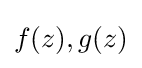
f(z),g(z)